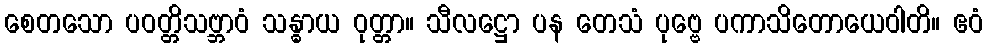
စေတသော ပဝတ္တိသဗ္ဘာဝံ သန္ဓာယ ဝုတ္တာ။ သီလဋ္ဌော ပန တေသံ ပုဗ္ဗေ ပကာသိတောယေဝါတိ။ ဧဝံ